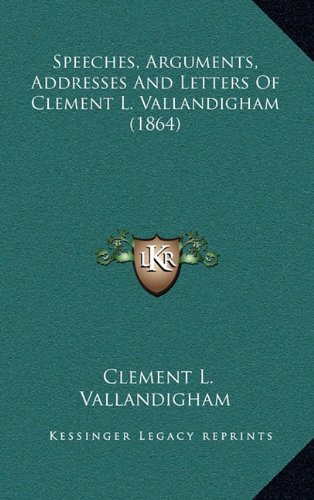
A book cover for Speeches, Arguments, Addresses And Letters Of Clement L. Vallandigham (1864); Clement L. Vallandigham; Literature & Fiction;